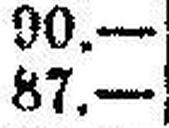
87.—